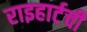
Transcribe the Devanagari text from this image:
राइहार्टची